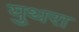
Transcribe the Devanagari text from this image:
युथरा